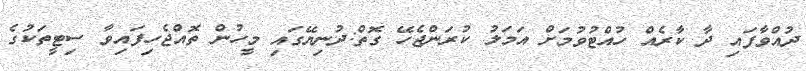
ދުއްވާފައި ދާ ކާރެއް ހުއްޓުވުމަށް އަމަލު ކުރަންޖެހޭ ގޮތް:ދުނިޔޭގައި މީހުން ތޮއްޖެހިފައިވާ ސިޓީތަކުގެ